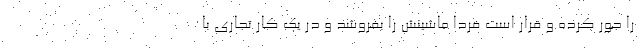
را جور کرده و قرار است فردا ماشینش را بفروشد و در یک کار تجاری با